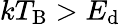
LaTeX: kT_{\mathrm{B}}>E_{\mathrm{d}}